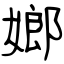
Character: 嫏